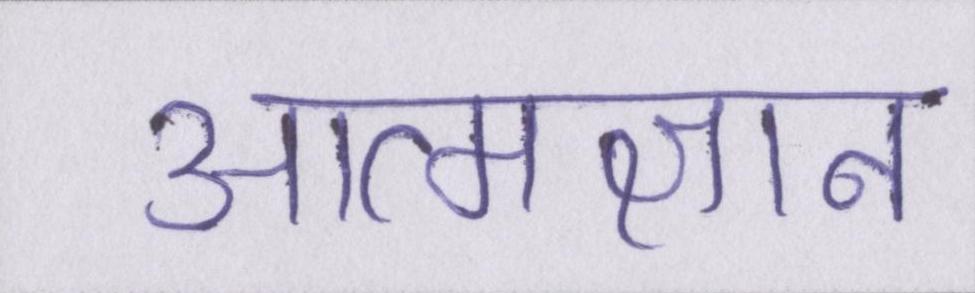
आत्मज्ञान